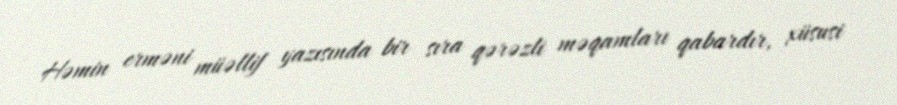
Həmin erməni müəllif yazısında bir sıra qərəzli məqamları qabardır, xüsusi